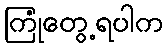
ကြုံတွေ့ရပါက